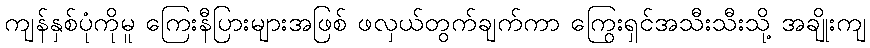
ကျန်နှစ်ပုံကိုမူ ကြေးနီပြားများအဖြစ် ဖလှယ်တွက်ချက်ကာ ကြွေးရှင်အသီးသီးသို့ အချိုးကျ